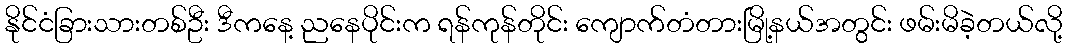
နိုင်ငံခြားသားတစ်ဦး ဒီကနေ့ ညနေပိုင်းက ရန်ကုန်တိုင်း ကျောက်တံတားမြို့နယ်အတွင်း ဖမ်းမိခဲ့တယ်လို့